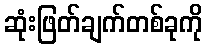
ဆုံးဖြတ်ချက်တစ်ခုကို